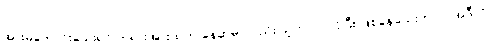
အားမကောင်းသေးရင် တရားအားထုတ် နေဆဲမှာလည်း သူက ဝင်ဝင်ပြီး ဖြစ်နေသေးတာပဲ၊ အဲဒီလို